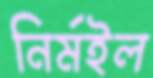
নির্মইল